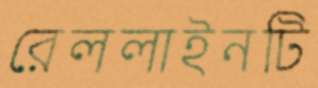
রেললাইনটি